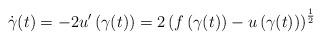
LaTeX: \begin{align*}\dot{\gamma}(t)=-2u'\left(\gamma(t)\right)=2\left(f\left(\gamma(t)\right)-u\left(\gamma(t)\right)\right)^\frac{1}{2} \end{align*}